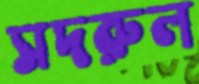
সদরুল